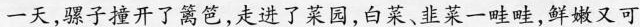
一天，骡子撞开了篱笆，走进了菜园，白菜、韭菜一畦畦，鲜嫩又可